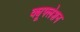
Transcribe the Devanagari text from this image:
क्यूफ्लेशन